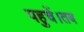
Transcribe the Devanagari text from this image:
पहुचें।तब